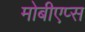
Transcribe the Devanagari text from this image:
मोबीएप्स